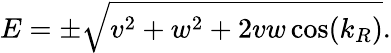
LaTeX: E=\pm\sqrt{v^{2}+w^{2}+2vw\cos(k_{R})}.